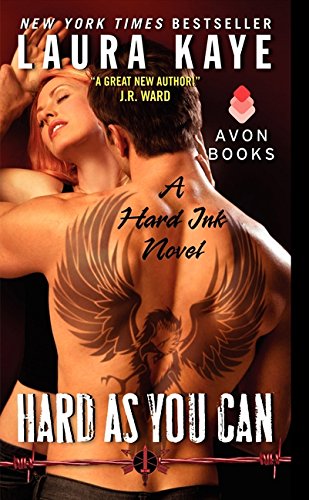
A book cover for Hard As You Can: A Hard Ink Novel; Laura Kaye; Romance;